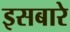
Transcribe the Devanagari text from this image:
इसबारे